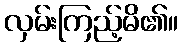
လှမ်းကြည့်မိ၏။